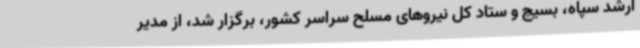
ارشد سپاه، بسیج و ستاد کل نیروهای مسلح سراسر کشور، برگزار شد، از مدیر